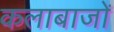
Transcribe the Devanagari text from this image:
कलाबाजों